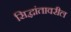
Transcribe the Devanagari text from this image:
सिद्धांतावरील